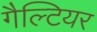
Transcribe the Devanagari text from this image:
गैल्टियर